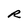
Character: R